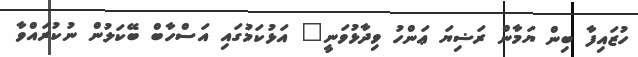
ހުޒައިފާ ބިން ޔަމާން ރަޟިޔަ ޢަންހު ވިދާޅުވަނީ" އަޅުކަމުގައި އަސްހާބް ބޭކަލުން ނުކުރައްވާ